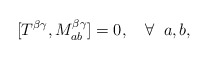
\begin{align*}[T^{\beta\gamma},M^{\beta\gamma}_{ab}]=0,\quad \forall\;\; a,b,\end{align*}